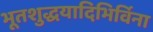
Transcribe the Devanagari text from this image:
भूतशुद्धयादिभिर्विना